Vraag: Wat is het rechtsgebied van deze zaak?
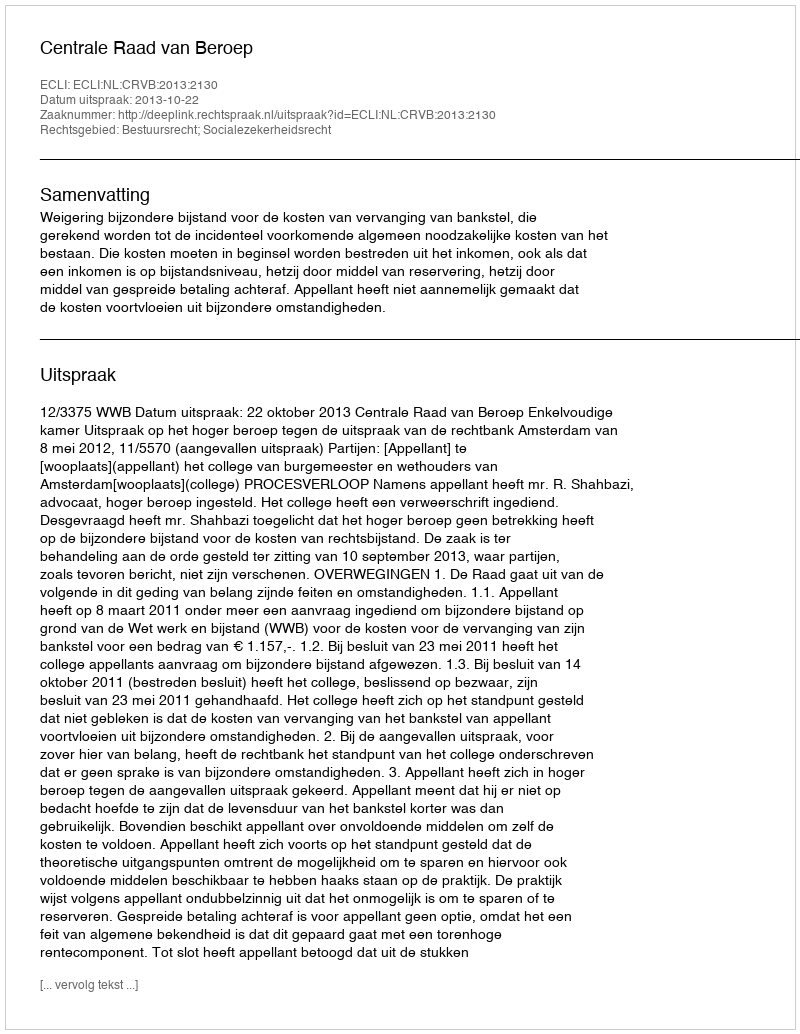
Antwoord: Bestuursrecht; Socialezekerheidsrecht